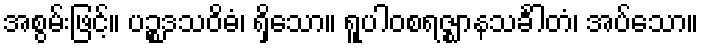
အစွမ်းဖြင့်။ ပဉ္စဒသဝိဓံ၊ ရှိသော။ ရူပါဝစရဇ္ဈာနသင်္ခါတံ၊ အပ်သော။